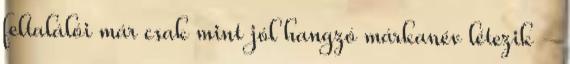
feltalálói már csak mint jól hangzó márkanév létezik -